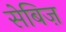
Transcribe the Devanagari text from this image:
सेबिज़